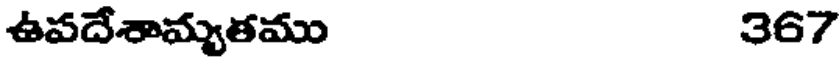
ఉవదేశామృతము 367